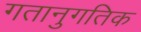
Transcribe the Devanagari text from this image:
गतानुगतिक